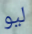
ليو